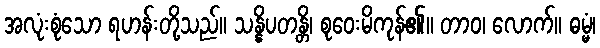
အလုံးစုံသော ရဟန်းတို့သည်။ သန္နိပတန္တိ၊ စုဝေးမိကုန်၏။ တာဝ၊ လောက်။ ဓမ္မံ၊